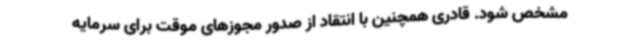
مشخص شود. قادری همچنین با انتقاد از صدور مجوزهای موقت برای سرمایه